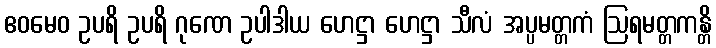
ဧဝမေဝ ဥပရိ ဥပရိ ဂုဏေ ဥပါဒါယ ဟေဋ္ဌာ ဟေဋ္ဌာ သီလံ အပ္ပမတ္တကံ ဩရမတ္တကန္တိ